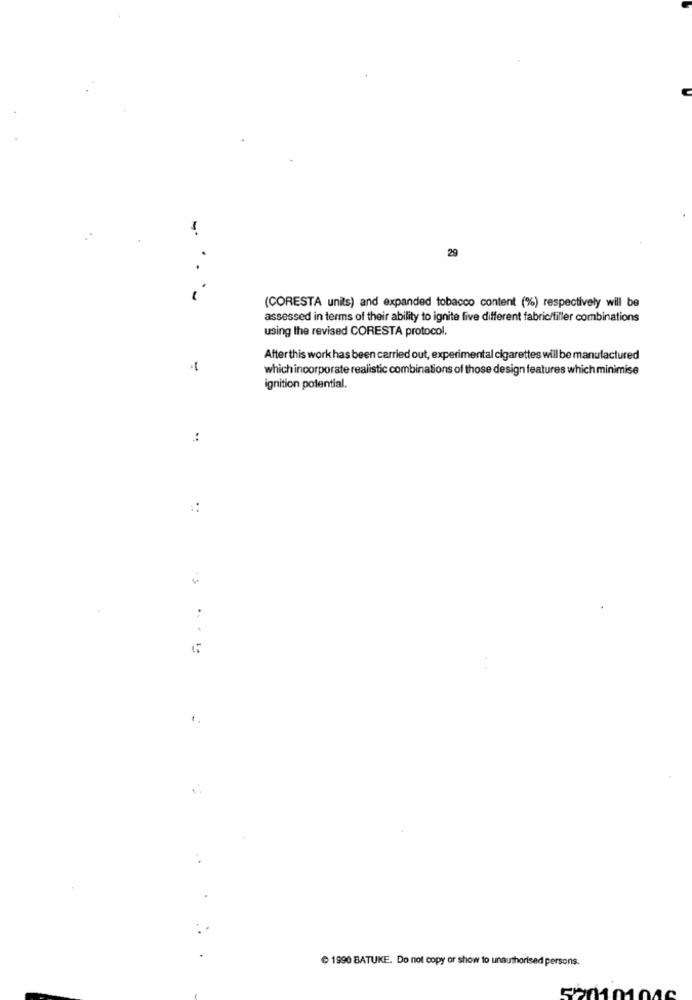
29
...
(CORESTA units) and expanded tobacco content (%) respectively will be
assessed in terms of their ability to ignite five different fabric/filler combinations
using the revised CORESTA protocol.
Afterthis work has been carried out, experimental cigarettes will be manufactured
-
which incorporate realistic combinations of those design features which minimise
ignition potential.
1990 BATUKE. Do not copy or show to unauthorised persons.